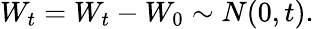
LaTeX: W_{t}=W_{t}-W_{0}\sim N(0,t).